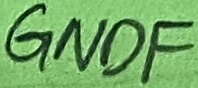
Text: GNDF